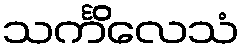
သင်္ကိလေသံ